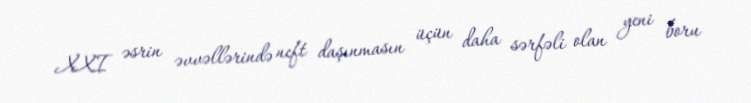
XXI əsrin əvvəllərində neft daşınmasın üçün daha sərfəli olan yeni boru